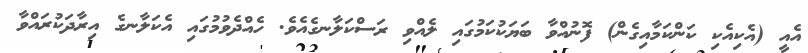
އެއީ (އެކިއެކި ކަންކަމާއިގެން) ފޮނުއްވާ ބަޔަކުކަމުގައި ލެއްވި ރަސްކަލާނގެއެވެ. ހެއްދެވުމުގައި އެކަލާނގެ އިރާދަކުރައްވާ